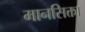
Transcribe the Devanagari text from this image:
मानसिक्ता